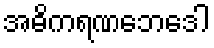
အဓိကရဏဘေဒေါ